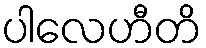
ပါလေဟီတိ